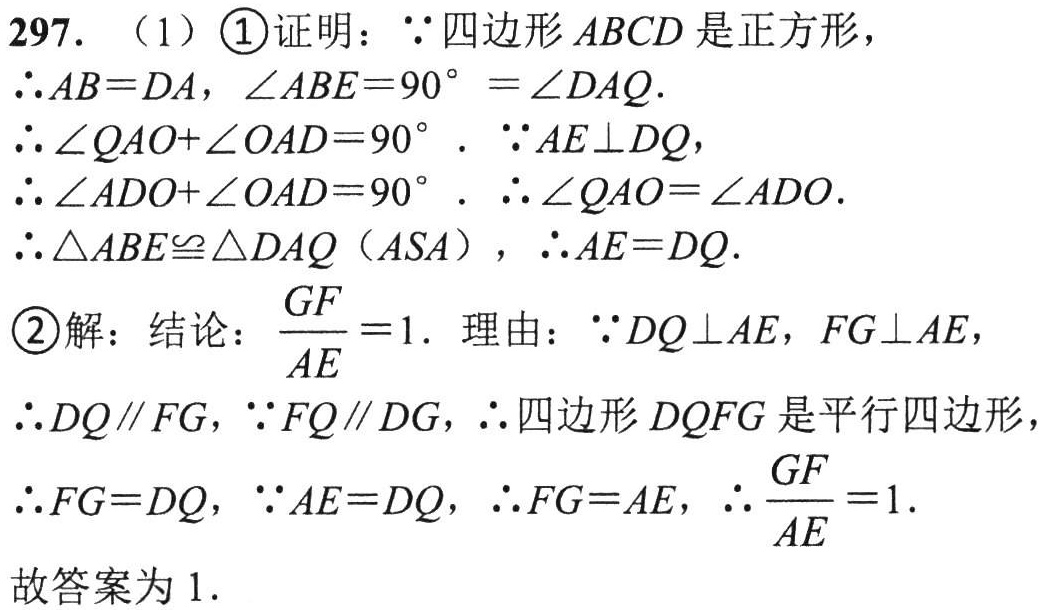
297. （1）\textcircled{1}证明：\(\because\)四边形 \(ABCD\) 是正方形，
\(\therefore AB = DA\)，\(\angle ABE = 90^{\circ}=\angle DAQ\).
\(\therefore\angle QAO+\angle OAD = 90^{\circ}\). \(\because AE\perp DQ\)，
\(\therefore\angle ADO+\angle OAD = 90^{\circ}\). \(\therefore\angle QAO=\angle ADO\).
\(\therefore\triangle ABE\cong\triangle DAQ\)（\(ASA\)），\(\therefore AE = DQ\).
\textcircled{2}解：结论：\(\frac{GF}{AE}=1\). 理由：\(\because DQ\perp AE\)，\(FG\perp AE\)，
\(\therefore DQ\parallel FG\)，\(\because FQ\parallel DG\)，\(\therefore\)四边形 \(DQFG\) 是平行四边形，
\(\therefore FG = DQ\)，\(\because AE = DQ\)，\(\therefore FG = AE\)，\(\therefore\frac{GF}{AE}=1\).
故答案为 \(1\).